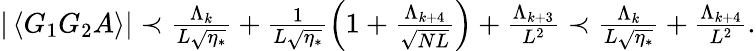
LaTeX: \begin{array}{r}{|\left\langle{G_{1}G_{2}A}\right\rangle|\prec\frac{\Lambda_{k}}{L\sqrt{\eta_{*}}}+\frac{1}{L\sqrt{\eta_{*}}}\left(1+\frac{\Lambda_{k+4}}{\sqrt{NL}}\right)+\frac{\Lambda_{k+3}}{L^{2}}\prec\frac{\Lambda_{k}}{L\sqrt{\eta_{*}}}+\frac{\Lambda_{k+4}}{L^{2}}.}\end{array}